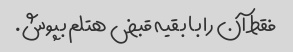
فقط آن را با بقیه قبض هتلم بپوش.